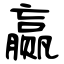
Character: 赢